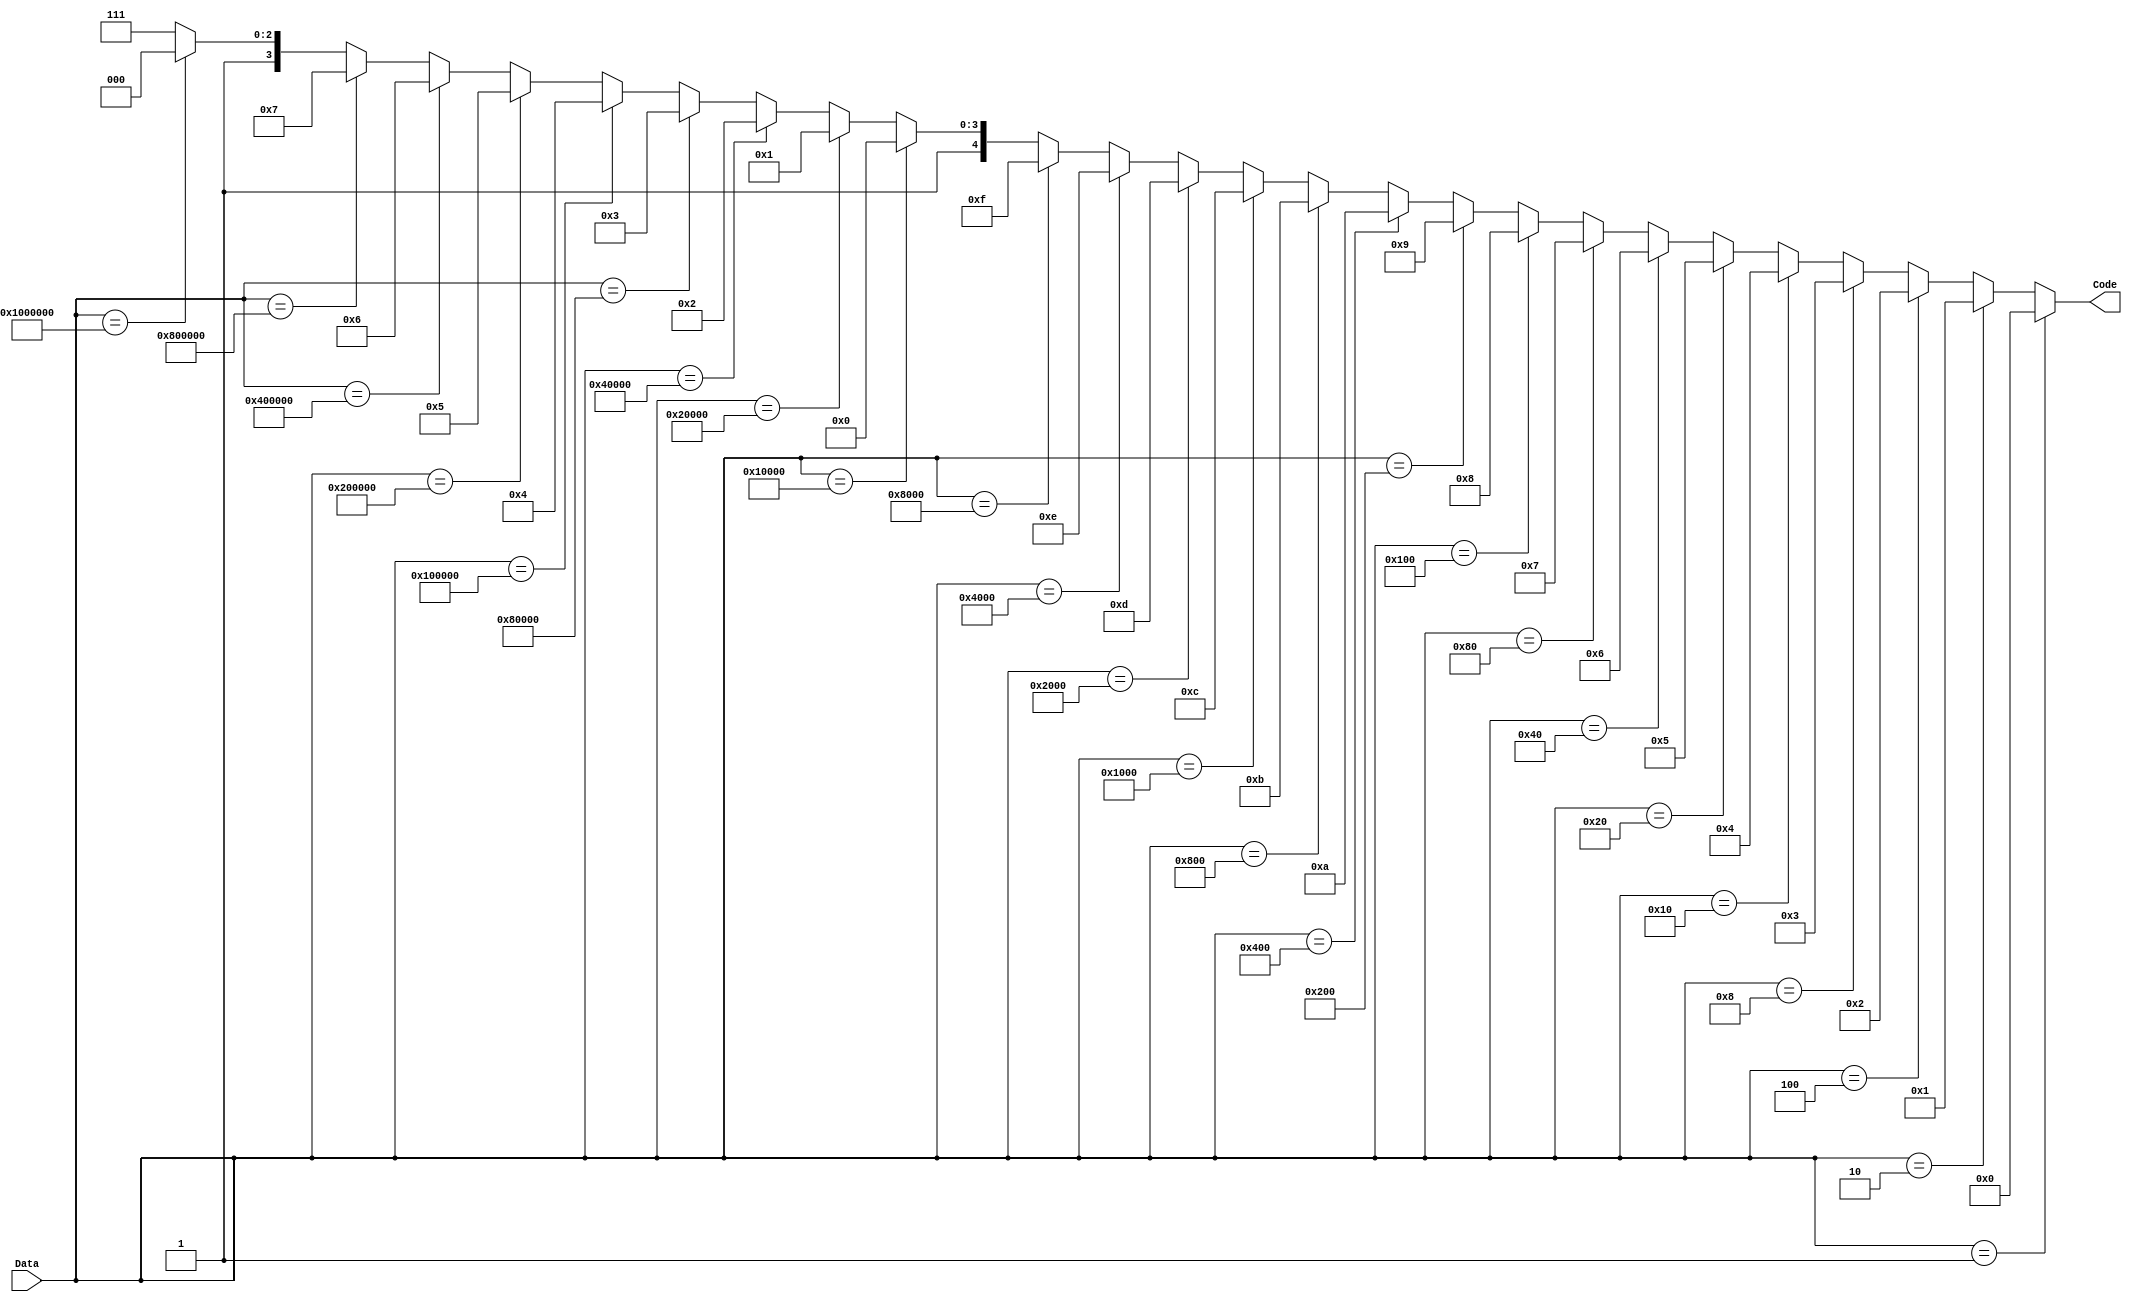
module encoder_32_to_5(
	output reg [4:0] Code,
	input [31:0] Data
	);
	always @(Data)
	begin
		if(Data == 32'h00000001) Code = 0; else
		if(Data == 32'h00000002) Code = 1; else
		if(Data == 32'h00000004) Code = 2; else
		if(Data == 32'h00000008) Code = 3; else
		if(Data == 32'h00000010) Code = 4; else
		if(Data == 32'h00000020) Code = 5; else
		if(Data == 32'h00000040) Code = 6; else
		if(Data == 32'h00000080) Code = 7; else
		if(Data == 32'h00000100) Code = 8; else
		if(Data == 32'h00000200) Code = 9; else
		if(Data == 32'h00000400) Code = 10; else
		if(Data == 32'h00000800) Code = 11; else
		if(Data == 32'h00001000) Code = 12; else
		if(Data == 32'h00002000) Code = 13; else
		if(Data == 32'h00004000) Code = 14; else
		if(Data == 32'h00008000) Code = 15; else
		if(Data == 32'h00010000) Code = 16; else
		if(Data == 32'h00020000) Code = 17; else
		if(Data == 32'h00040000) Code = 18; else
		if(Data == 32'h00080000) Code = 19; else
		if(Data == 32'h00100000) Code = 20; else
		if(Data == 32'h00200000) Code = 21; else
		if(Data == 32'h00400000) Code = 22; else
		if(Data == 32'h00800000) Code = 23; else
		if(Data == 32'h01000000) Code = 24; else Code = 31;
	
	end
endmodule